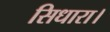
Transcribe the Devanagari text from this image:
सिधारा।